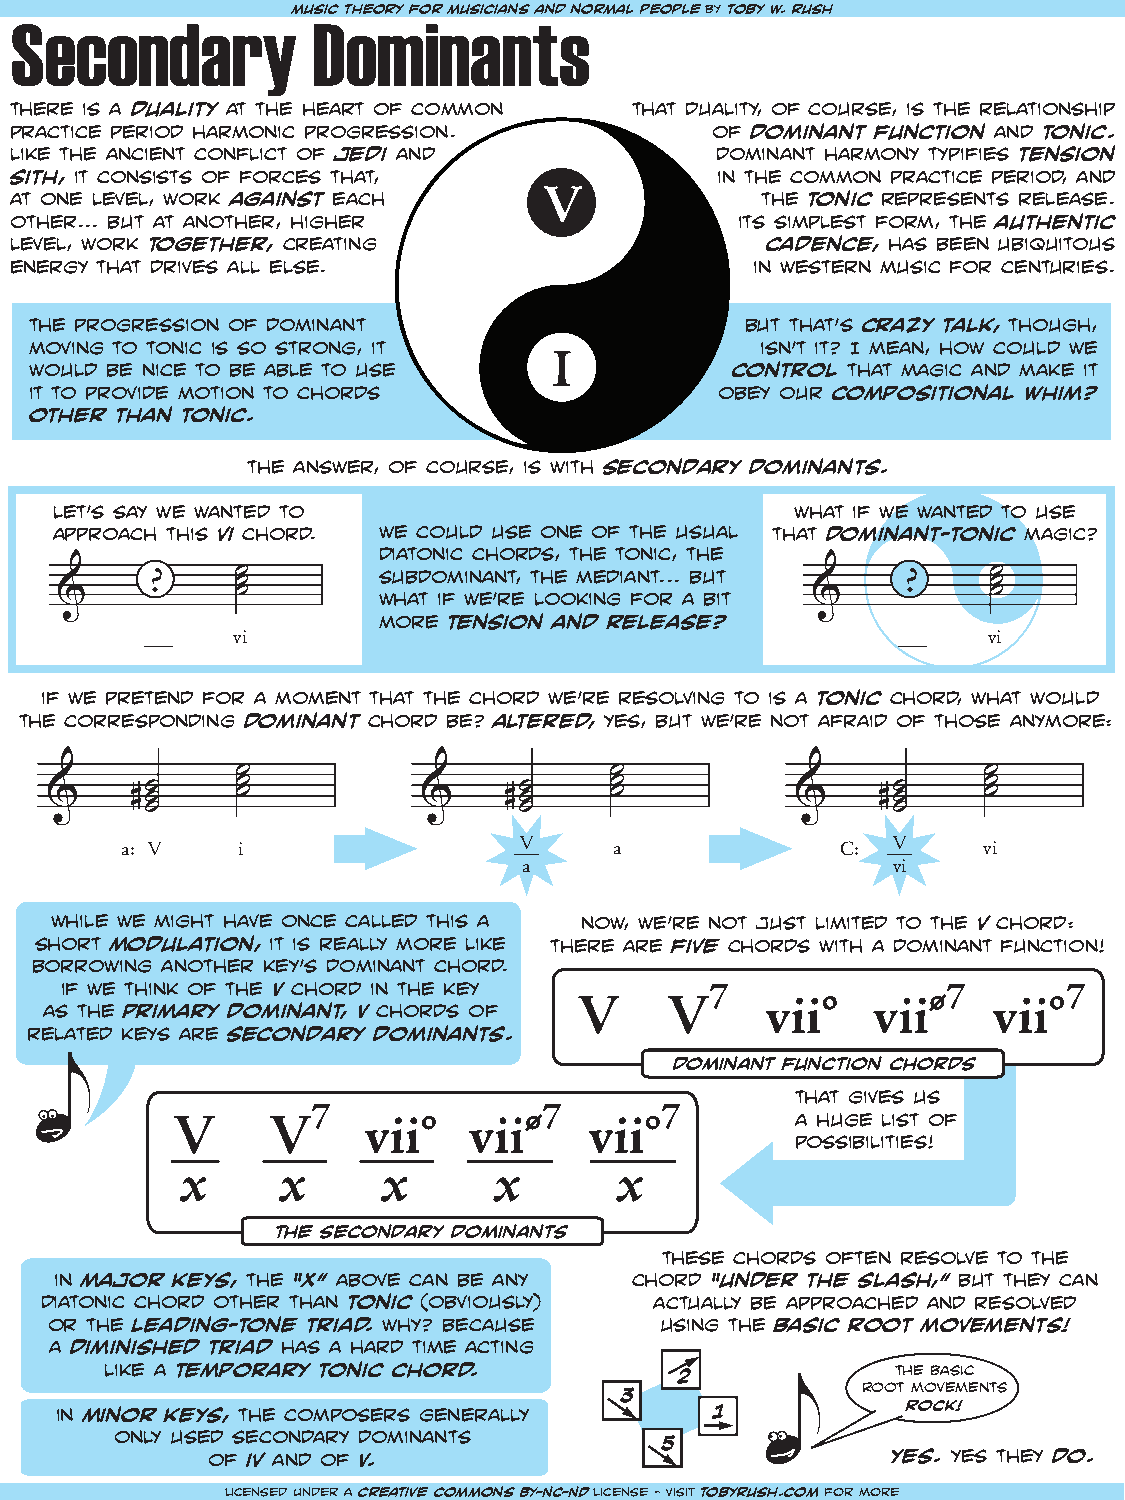
Secondarym         uDsic toheomry foirn muasicianns tands normal people by toby w. rush
 there is a duality at the heart of common that duality, of course, is the relationship
 practice period harmonic progression.         of dominant function and tonic.
 like the ancient conflict of jedi and         dominant harmony typifies tension
 sith, it consists of forces that,             in the common practice period, and
 V
 at one level, work against each                  the tonic represents release.
 other... but at another, higher                 its simplest form, the authentic
 level, work together, creating                    cadence, has been ubiquitous
 energy that drives all else.                     in western music for centuries.
 the progression of dominant                    but that’s crazy talk, though,
 moving to tonic is so strong, it                isn’t it? I mean, how could we
 I
 would be nice to be able to use               control that magic and make it
 it to provide motion to chords                obey our compositional whim?
 other than tonic.
 the answer, of course, is with secondary dominants.
 let’s say we wanted to                            what if we wanted to use
 approach this vi chord. we could use one of the usual that dominant-tonic magic?
 diatonic chords, the tonic, the
 ?     ˙        subdominant, the mediant... but    ?     ˙
 ˙                                                 ˙
 &           ˙        what if we’re looking for a bit &        ˙
 more tension and release?
 vi                                                vi
 if we pretend for a moment that the chord we’re resolving to is a tonic chord, what would
 the corresponding dominant chord be? altered, yes, but we’re not afraid of those anymore:
 ˙                       ˙                        ˙
 &     #˙ ˙   ˙ ˙         &    #˙ ˙   ˙ ˙          &    #˙ ˙   ˙ ˙
 ˙                       ˙                        ˙
 a: V    i                 V      a              C: V     vi
 a                       vi
 while we might have once called this a now, we’re not just limited to the v chord:
 short modulation, it is really more like there are five chords with a dominant function!
 borrowing another key’s dominant chord.
 if we think of the V chord in the key      7               7       7
 V     V      vii°   vii°    vii°
 as the primary dominant, V chords of
 related keys are secondary dominants.
 dominant function chords
 that gives us
 7              7       7
 V      V     vii°   vii°    vii°          a huge list of
 possibilities!
 x     x      x       x       x
 the secondary dominants
 these chords often resolve to the
 in major keys, the “x” above can be any chord “under the slash,” but they can
 diatonic chord other than tonic (obviously) actually be approached and resolved
 or the leading-tone triad. why? because  using the basic root movements!
 a diminished triad has a hard time acting
 like a temporary tonic chord.         2             the basic
 root movements
 3
 in minor keys, the composers generally     1            rock!
 only used secondary dominants
 5
 of iv and of V.                              yes. yes they do.
 licensed under a creative commons BY-NC-ND license - visit tobyrush.com for more